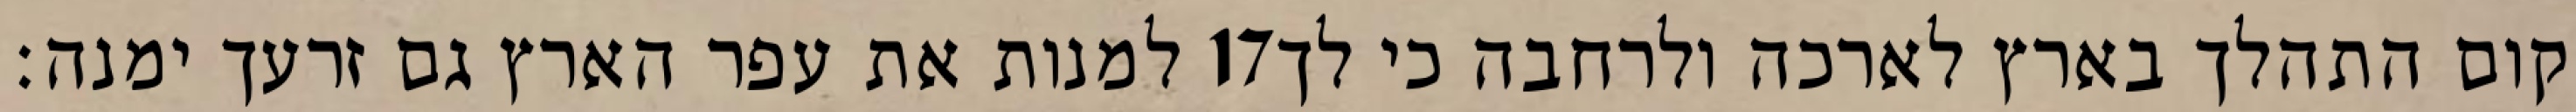
למנות את עפר הארץ גם זרעך ימנה׃ ‎17‏ קום התהלך בארץ לארכה ולרחבה כי לך